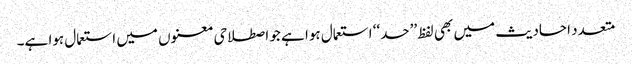
متعدد احادیث میں بھی لفظ ’’حد‘‘ استعمال ہوا ہے جو اصطلاحی معنوں میں استعمال ہوا ہے۔